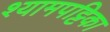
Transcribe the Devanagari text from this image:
श्यामपट्टिका